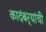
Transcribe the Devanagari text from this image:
कादंबर्‍यांंची